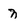
Character: n